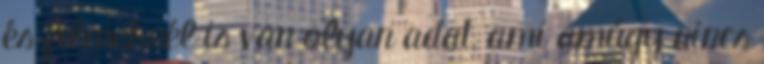
és filmeknél is van olyan adat, ami amúgy nincs